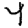
Digit: 4